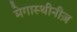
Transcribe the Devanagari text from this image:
मेगास्थीनीज़